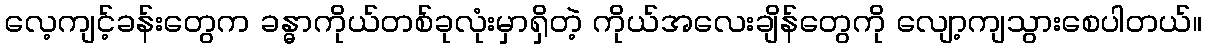
လေ့ကျင့်ခန်းတွေက ခန္ဓာကိုယ်တစ်ခုလုံးမှာရှိတဲ့ ကိုယ်အလေးချိန်တွေကို လျော့ကျသွားစေပါတယ်။